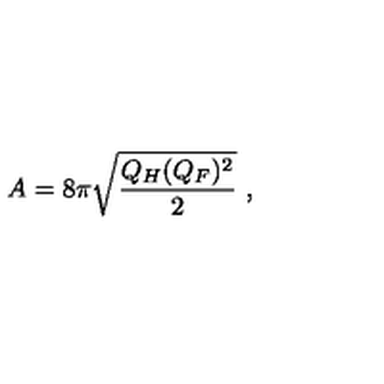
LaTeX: A = 8 \pi \sqrt { \frac { Q _ { H } ( Q _ { F } ) ^ { 2 } } { 2 } } \ ,